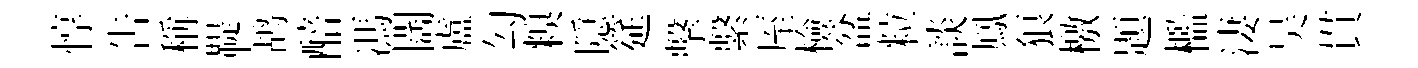
惇吿稱鞮鸪醅馮闊盧勾糗隠筵擊繫厔檢盆粒談鳳狼檄題檻淒吴貫